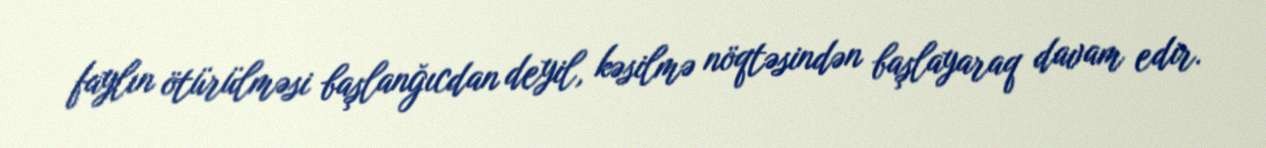
faylın ötürülməsi başlanğıcdan deyil, kəsilmə nöqtəsindən başlayaraq davam edir.